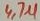
Text: 4,7µ